画像に写った文字を読んでください
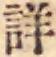
「詳」と書いてあります